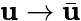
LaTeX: \mathbf{u}\to\bar{{\mathbf{u}}}